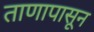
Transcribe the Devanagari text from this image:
ताणापासून